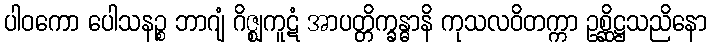
ပါဝကော ပေါသနဉ္စ ဘာဂျံ ဂိဇ္ဈကူဋံ အာပတ္တိက္ခန္ဓာနိ ကုသလဝိတက္ကာ ဥစ္ဆိဋ္ဌသညိနော